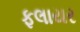
ફલાયર